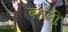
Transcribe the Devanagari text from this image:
वठली